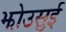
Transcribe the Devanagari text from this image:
झोउसुई